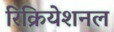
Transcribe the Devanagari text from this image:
रिक्रियेशनल